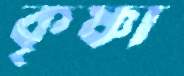
কৃষ্ণা